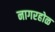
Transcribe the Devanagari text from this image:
नागरहोळ